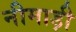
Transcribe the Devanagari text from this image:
नीमाड़ी